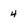
Character: 4